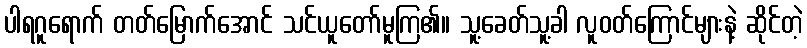
ပါရဂူရောက် တတ်မြောက်အောင် သင်ယူတော်မူကြ၏။ သူ့ခေတ်သူ့ခါ လူဝတ်ကြောင်များနဲ့ ဆိုင်တဲ့